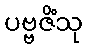
ပဗ္ဗဇိံသု